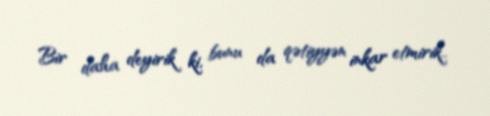
Bir daha deyirik ki, bunu da qətiyyən inkar etmirik..